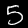
Label: 5